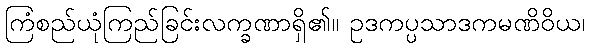
ကြံစည်ယုံကြည်ခြင်းလက္ခဏာရှိ၏။ ဥဒကပ္ပသာဒကမဏိဝိယ၊